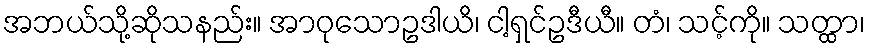
အဘယ်သို့ဆိုသနည်း။ အာဝုသောဥဒါယိ၊ ငါ့ရှင်ဥဒီယီ။ တံ၊ သင့်ကို။ သတ္ထာ၊